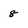
Character: 8